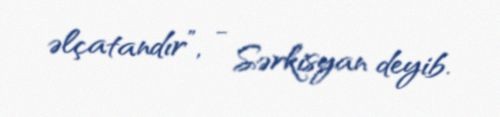
əlçatandır”, - Sərkisyan deyib.